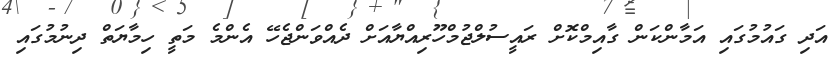
އަދި ގައުމުގައި އަމާންކަން ގާއިމްކޮށް ރައީސުލްޖުމްހޫރިއްޔާއަށް ދެއްވަންޖެހޭ އެންމެ މަތީ ހިމާޔަތް ދިނުމުގައި